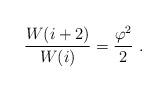
LaTeX: \begin{align*}\frac{W(i+2)}{W(i)} =\frac{\varphi^2}{2}~.\end{align*}